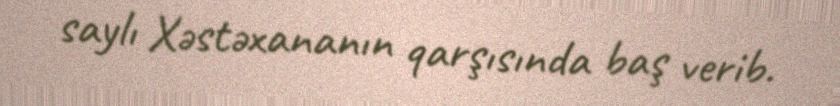
saylı Xəstəxananın qarşısında baş verib.